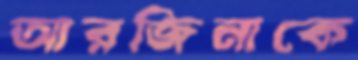
আরজিনাকে